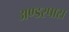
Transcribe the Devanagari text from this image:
अण्डरपास